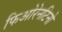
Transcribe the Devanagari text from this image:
फिओरेनटिनो